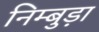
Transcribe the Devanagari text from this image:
निम्बुड़ा